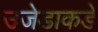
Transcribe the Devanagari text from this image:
उजेडाकडे